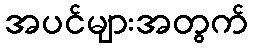
အပင်များအတွက်